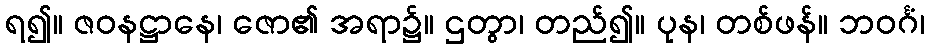
ရ၍။ ဇဝနဋ္ဌာနေ၊ ဇော၏ အရာ၌။ ဌတွာ၊ တည်၍။ ပုန၊ တစ်ဖန်။ ဘဝင်္ဂံ၊